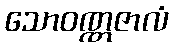
သောဝဏ္ဏဇာလံ